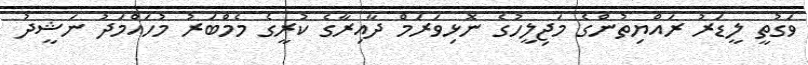
ވަގުތީ ލީޑަރު ރައްޔިތުންގެ މަޖިލީހުގެ ނޮޅިވަރަމް ދާއިރާގެ ކުރީގެ މެމްބަރު މުހައްމަދު ނަޝީދު